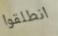
انطلقوا